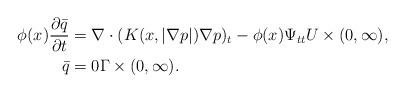
LaTeX: \begin{align*} \phi(x)\begin{displaystyle} \frac{\partial \bar{q}}{\partial t}\end{displaystyle}&=\nabla \cdot(K(x,|\nabla p |)\nabla p)_t-\phi(x)\Psi_{tt} U\times(0,\infty), \\ \bar{q} &=0 \Gamma \times (0,\infty). \end{align*}